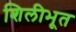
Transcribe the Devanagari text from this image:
शिलीभूत